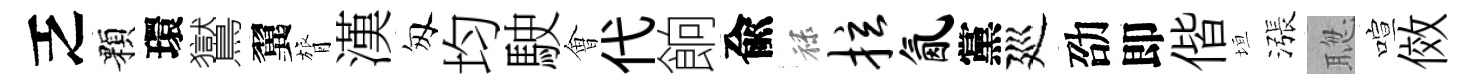
乏顆環鸑翼膂漢匆均駛㑹代餉兪禄拉氤黨廵劭即偕垣漲聦喧傚